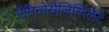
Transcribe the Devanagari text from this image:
ऐमिनोसैलिसिलेट